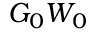
G _ { 0 } W _ { 0 }